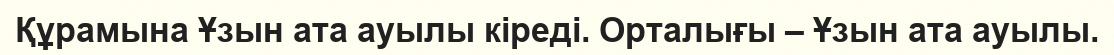
Құрамына Ұзын ата ауылы кіреді. Орталығы – Ұзын ата ауылы.